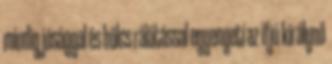
mindig jósággal és bölcs rálátással egyengeti az ifjú királynő